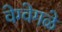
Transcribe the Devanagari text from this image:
वेग्वेगळे